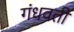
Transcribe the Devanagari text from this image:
गंधवती